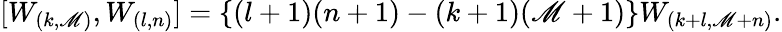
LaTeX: [W_{(k,\mathscr{M})},W_{(l,n)}]=\{ (l+1)(n+1)-(k+1)(\mathscr{M}+1)\} W_{(k+l,\mathscr{M}+n)}.